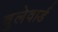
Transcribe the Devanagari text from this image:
वुलेवार्ड